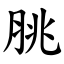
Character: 脁